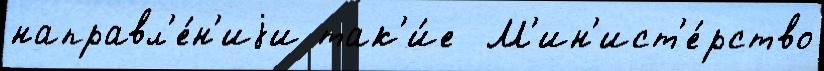
направл'е́н'иjи так'и́е  М'ин'ист'е́рство